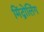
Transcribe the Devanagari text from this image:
मिंद्रोलिंग